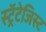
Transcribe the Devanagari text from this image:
स्ट्रॅटेजिस्ट